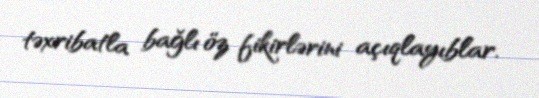
təxribatla bağlı öz fikirlərini açıqlayıblar.